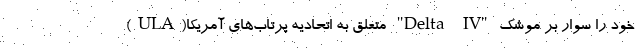
خود را سوار بر موشک "Delta IV" متعلق به اتحادیه پرتاب‌های آمریکا(ULA)